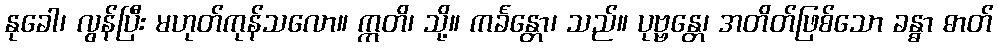
နုခေါ၊ လွန်ပြီး မဟုတ်ကုန်သလော။ ဣတိ၊ သို့။ ကင်္ခန္တော၊ သည်။ ပုဗ္ဗန္တေ၊ အတိတ်ဖြစ်သော ခန္ဓာ ဓာတ်